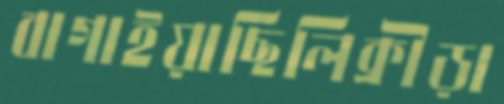
বাগাইয়াছিলিক্রীড়া